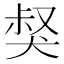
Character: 𤟏